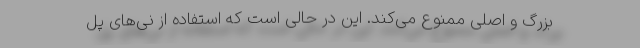
بزرگ و اصلی ممنوع می‌کند. این در حالی است که استفاده از نی‌های پل